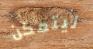
ليتمكن